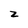
Character: z